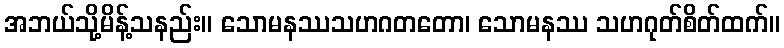
အဘယ်သို့မိန့်သနည်း။ သောမနဿသဟဂတတော၊ သောမနဿ သဟဂုတ်စိတ်ထက်။